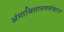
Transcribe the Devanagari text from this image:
अंगाश्रितास्त्वलंकारा